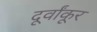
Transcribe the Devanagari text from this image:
दूर्वांकूर